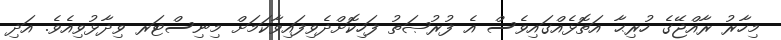
މިހާރު ރާއްޖޭގެ ހުރިޙާ އަތޮޅެއްގައިވެސް އެ ފުރުޞަތު ފަހިކޮށްދެވިފައިވާކަމަށް މިނިސްޓަރ ވިދާޅުވިއެވެ. އަދި